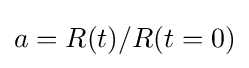
a=R(t)/R(t=0)